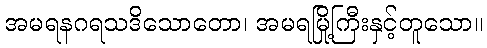
အမရနဂရသဒိသောတော၊ အမရမြို့ကြီးနှင့်တူသော။